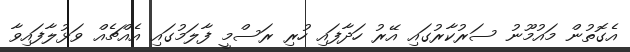
އެގޮތުން މައުމޫނު ސަރުކާރުގައި އޭރު ހަދާފައި ހުރި ރަސްމީ ފާލަމުގައި އެއްޗެއް ވަޅުލާފައިވާ